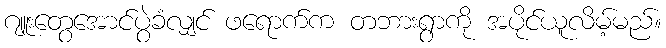
ဂျူးတွေအောင်ပွဲခံလျှင် ဖရောက်က တဘားရွာကို အပိုင်ယူလိမ့်မည်။